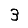
Digit: 3